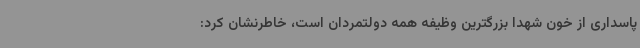
پاسداری از خون شهدا بزرگترین وظیفه همه دولتمردان است، خاطرنشان کرد: